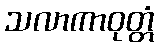
သလာကာဝုတ္တံ